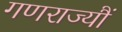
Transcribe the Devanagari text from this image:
गणराज्यौं